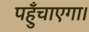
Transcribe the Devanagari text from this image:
पहुँचाएगा।